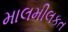
માલમીલકત